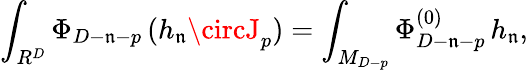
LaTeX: \int_{R^{D}}\Phi_{D-\mathfrak{n}-p}\, (h_{\mathfrak{n}}\circJ_{p})=\int_{M_{D-p}}\Phi_{D-\mathfrak{n}-p}^{(0)}\, h_{\mathfrak{n}},